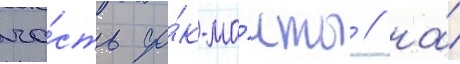
ча́сть фо́к-ма́чты / на́